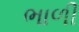
ભાળી